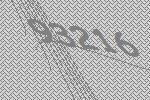
93216